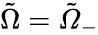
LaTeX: \tilde{\Omega}=\tilde{Ω}_{-}